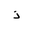
Letter: _thal